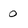
Character: 0